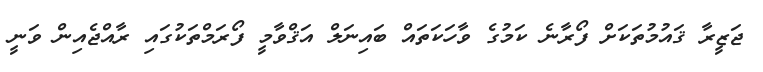
ޖަޒީރާ ޤައުމުތަކަށް ފޯރާނެ ކަމުގެ ވާހަކަތައް ބައިނަލް އަޤްވާމީ ފޯރަމްތަކުގައި ރާއްޖެއިން ވަނީ